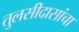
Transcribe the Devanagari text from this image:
तुलसीदासांचा